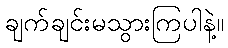
ချက်ချင်းမသွားကြပါနဲ့။